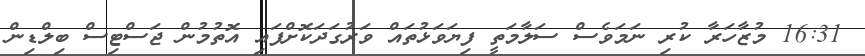
16:31 މުޒާހަރާ ކުރި ނަމަވެސް ސަލާމަތީ ފިޔަވަޅުތައް ވަރުގަދަކޮށްފައި އޮތުމުން ޖަސްޓިސް ބިލްޑިން